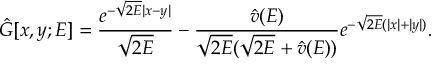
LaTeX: \hat { G } [ x , y ; E ] = \frac { e ^ { - \sqrt { 2 E } | x - y | } } { \sqrt { 2 E } } - \frac { \hat { v } ( E ) } { \sqrt { 2 E } ( \sqrt { 2 E } + \hat { v } ( E ) ) } e ^ { - \sqrt { 2 E } ( | x | + | y | ) } .